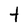
Character: t